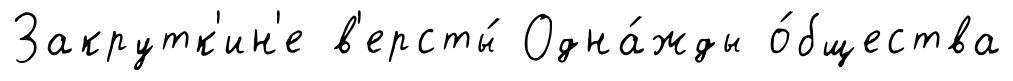
Закрутк'ин'е в'ерсты́ Одна́жды о́бщества